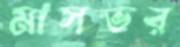
মাসভর